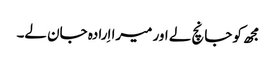
مجھ کو جانچ لے اور میرا اِرادہ جان لے۔